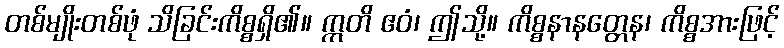
တစ်မျိုးတစ်ဖုံ သိခြင်းကိစ္စရှိ၏။ ဣတိ ဧဝံ၊ ဤသို့။ ကိစ္စနာနတ္တေန၊ ကိစ္စအားဖြင့်